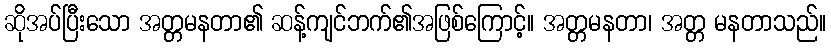
ဆိုအပ်ပြီးသော အတ္တမနတာ၏ ဆန့်ကျင်ဘက်၏အဖြစ်ကြောင့်။ အတ္တမနတာ၊ အတ္တ မနတာသည်။